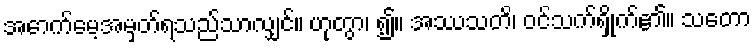
အောက်မေ့အမှတ်ရသည်သာလျှင်။ ဟုတွာ၊ ၍။ အဿသတိ၊ ဝင်သက်ရှိုက်၏။ သတော